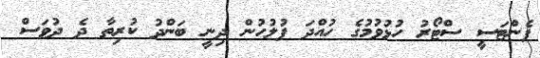
ފެންޓަސީ ސްޓޯރު ހުޅުވުމުގެ ހުއްދަ ފުލުހުން ދިނީ ބަންދު ކުރިތާ ދެ ދުވަސް